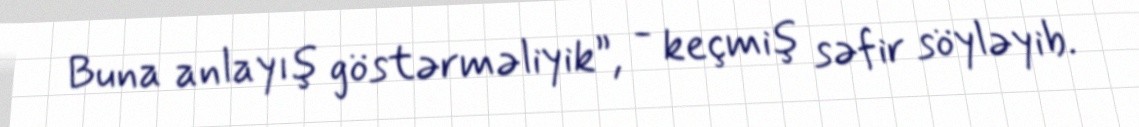
Buna anlayış göstərməliyik”, - keçmiş səfir söyləyib.